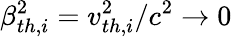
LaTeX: \beta_{th,i}^{2}=v_{th,i}^{2}/c^{2}\rightarrow 0